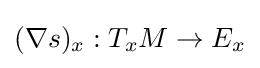
(\nabla s)_{x}:T_{x}M\to E_{x}